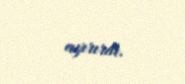
ayırırdı.